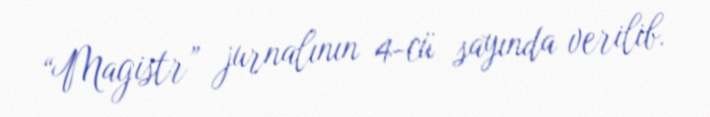
“Magistr” jurnalının 4-cü sayında verilib.